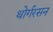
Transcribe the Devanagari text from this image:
थोर्गरसन